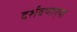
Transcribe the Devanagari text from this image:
दर्शवणार्‍या